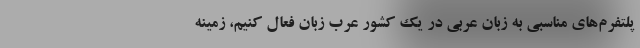
پلتفرم‌های مناسبی به زبان عربی در یک کشور عرب زبان فعال کنیم، زمینه